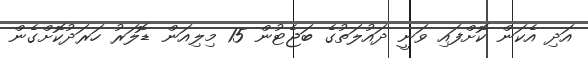
އަދި އެކަން ކޮށްފައި ވަނީ ދައުލަތުގެ ބަޖެޓުން 15 މިލިއަން ޑޮލަރު ހަރަދުކޮށްގެން